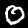
Label: 0